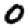
Digit: 0